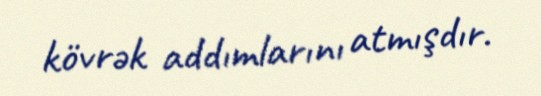
kövrək addımlarını atmışdır.